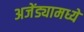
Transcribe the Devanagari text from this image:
अजेंड्यामध्ये